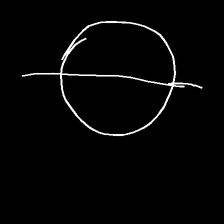
Glyph: orb